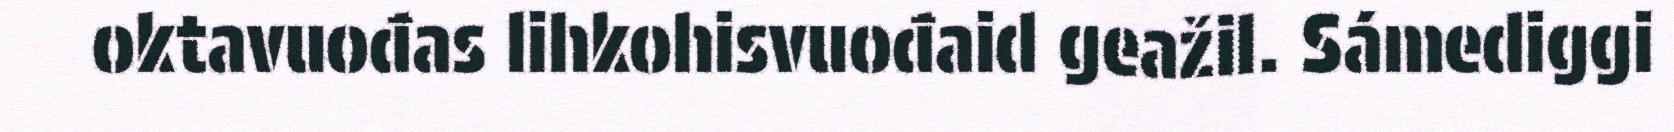
oktavuođas lihkohisvuođaid geažil. Sámediggi